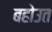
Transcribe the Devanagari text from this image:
बहोउत